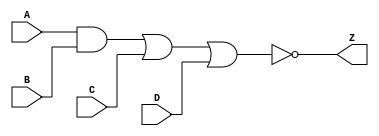
module AO1 (A, B, C, D, Z);

//I/O ports
input A, B, C, D;
output Z;

wire TMP; //Internal signal

//Describing operation using built-in primitives
and (TMP, A, B);
nor (Z, TMP, C, D);

//Specifying Delays
specify
specparam
BEST_RISE=0.41, BEST_FALL=0.10,
TYP_RISE=1.495, TYP_FALL=0.365,
WORST_RISE=2.58, WORST_FALL=0.63;
//Rise time and fall time in full connection with Best, Typical and worst conditions
(A, B, C, D *> Z) = (BEST_RISE:TYP_RISE:WORST_RISE, BEST_FALL:TYP_FALL:WORST_FALL);
endspecify
endmodule